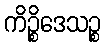
ကိဉ္စိဒေသဉ္စ